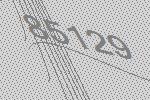
85129